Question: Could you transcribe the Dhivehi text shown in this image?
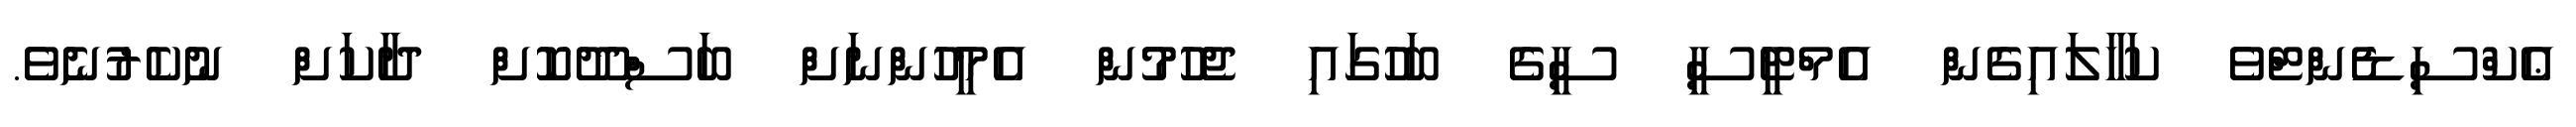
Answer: ޢެކްސިޑެންޓްވެ ކަހާލައިގެން އެމްޓީސީ ސީގެ ބަހުގައި ޖެހުމުން އެމީހުންނަށް ބަސްދޫކޮށް ދާކަށް ނުކެރުނެވެ.